Problem: 38 - 17 = ?
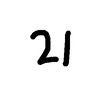
Handwritten answer: 21